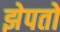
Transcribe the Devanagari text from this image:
झेपतो